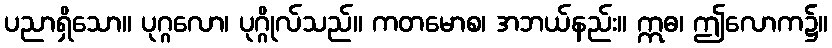
ပညာရှိသော။ ပုဂ္ဂလော၊ ပုဂ္ဂိုလ်သည်။ ကတမောစ၊ အဘယ်နည်း။ ဣဓ၊ ဤလောက၌။